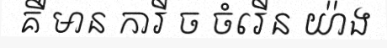
គឺ មាន ការី ច ចំរើន យ៉ាង